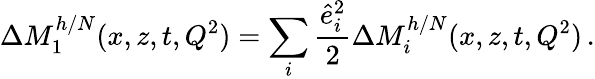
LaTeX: \Delta M_{1}^{h/N}(x,z,t,Q^{2})=\sum_{i}\frac{\hat{e}_{i}^{2}}{2}\Delta M_{i}^{h/N}(x,z,t,Q^{2})\, .